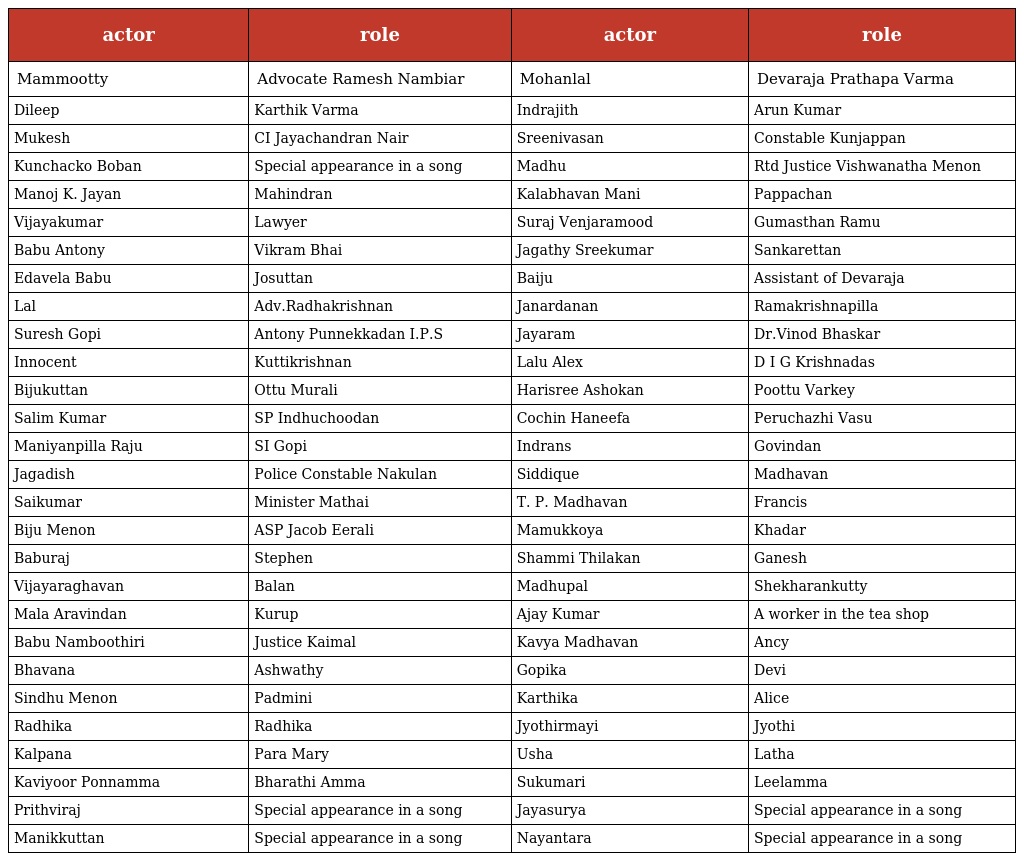
| actor | role | actor | role |
 | --- | --- | --- | --- |
 | Mammootty | Advocate Ramesh Nambiar | Mohanlal | Devaraja Prathapa Varma |
 | Dileep | Karthik Varma | Indrajith | Arun Kumar |
 | Mukesh | CI Jayachandran Nair | Sreenivasan | Constable Kunjappan |
 | Kunchacko Boban | Special appearance in a song | Madhu | Rtd Justice Vishwanatha Menon |
 | Manoj K. Jayan | Mahindran | Kalabhavan Mani | Pappachan |
 | Vijayakumar | Lawyer | Suraj Venjaramood | Gumasthan Ramu |
 | Babu Antony | Vikram Bhai | Jagathy Sreekumar | Sankarettan |
 | Edavela Babu | Josuttan | Baiju | Assistant of Devaraja |
 | Lal | Adv.Radhakrishnan | Janardanan | Ramakrishnapilla |
 | Suresh Gopi | Antony Punnekkadan I.P.S | Jayaram | Dr.Vinod Bhaskar |
 | Innocent | Kuttikrishnan | Lalu Alex | D I G Krishnadas |
 | Bijukuttan | Ottu Murali | Harisree Ashokan | Poottu Varkey |
 | Salim Kumar | SP Indhuchoodan | Cochin Haneefa | Peruchazhi Vasu |
 | Maniyanpilla Raju | SI Gopi | Indrans | Govindan |
 | Jagadish | Police Constable Nakulan | Siddique | Madhavan |
 | Saikumar | Minister Mathai | T. P. Madhavan | Francis |
 | Biju Menon | ASP Jacob Eerali | Mamukkoya | Khadar |
 | Baburaj | Stephen | Shammi Thilakan | Ganesh |
 | Vijayaraghavan | Balan | Madhupal | Shekharankutty |
 | Mala Aravindan | Kurup | Ajay Kumar | A worker in the tea shop |
 | Babu Namboothiri | Justice Kaimal | Kavya Madhavan | Ancy |
 | Bhavana | Ashwathy | Gopika | Devi |
 | Sindhu Menon | Padmini | Karthika | Alice |
 | Radhika | Radhika | Jyothirmayi | Jyothi |
 | Kalpana | Para Mary | Usha | Latha |
 | Kaviyoor Ponnamma | Bharathi Amma | Sukumari | Leelamma |
 | Prithviraj | Special appearance in a song | Jayasurya | Special appearance in a song |
 | Manikkuttan | Special appearance in a song | Nayantara | Special appearance in a song |